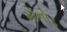
મોનોડ